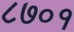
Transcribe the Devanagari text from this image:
८७०१